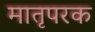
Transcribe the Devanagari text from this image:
मातृपरक